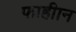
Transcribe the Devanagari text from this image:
फाहीान